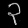
Digit: ၃